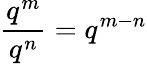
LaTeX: {\frac{q^{m}}{q^{n}}}=q^{m-n}